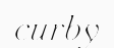
curby